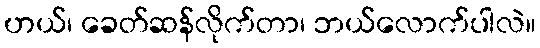
ဟယ်၊ ခေတ်ဆန်လိုက်တာ၊ ဘယ်လောက်ပါလဲ။